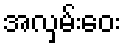
အလှမ်းဝေး